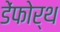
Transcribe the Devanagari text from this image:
डेंफोर्थ